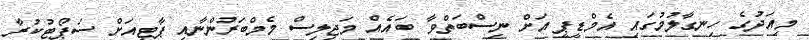
މިއަދުގެ ހިނގާލުމުގައި އެމްޑީޕީ އަށް ނިސްބަތްވާ ބައެއް މަޖިލިސް މެމްބަރުންނާއި ޕާޓީއަށް ސަޕޯޓުކުރާ